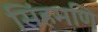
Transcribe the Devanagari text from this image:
सिंहमणि